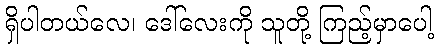
ရှိပါတယ်လေ၊ ဒေါ်လေးကို သူတို့ ကြည့်မှာပေါ့